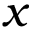
x